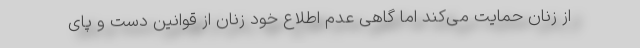
از زنان حمایت می‌کند اما گاهی عدم اطلاع خود زنان از قوانین دست و پای